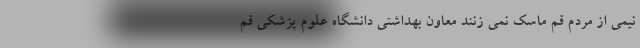
نیمی از مردم قم ماسک نمی زنند معاون بهداشتی دانشگاه علوم پزشکی قم